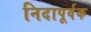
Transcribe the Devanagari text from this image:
निदापूर्वक